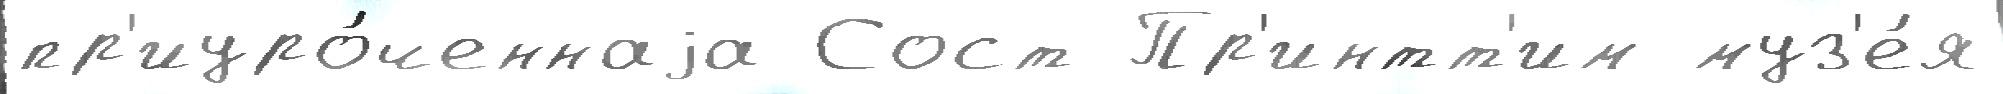
пр'иуро́ченнаjа Сост Пр'интт'им муз'е́я